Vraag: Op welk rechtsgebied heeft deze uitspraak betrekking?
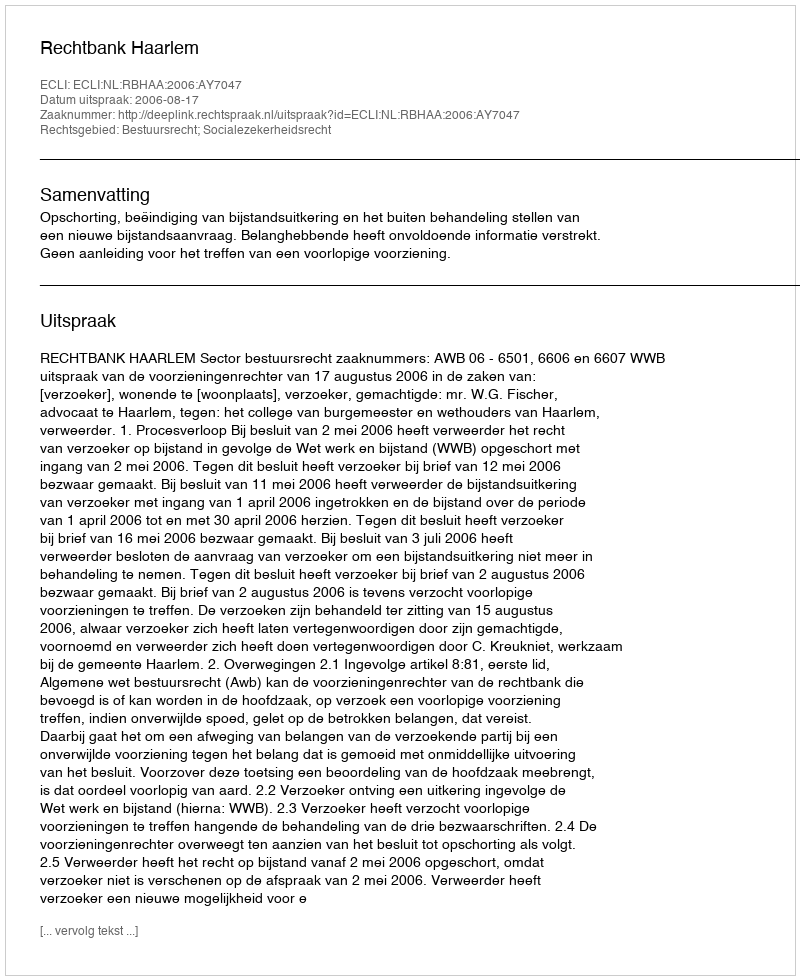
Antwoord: Bestuursrecht; Socialezekerheidsrecht